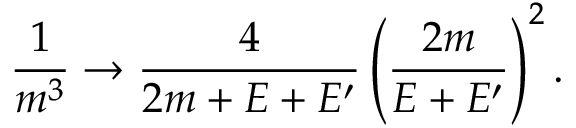
{ \frac { 1 } { m ^ { 3 } } } \rightarrow { \frac { 4 } { 2 m + E + E ^ { \prime } } } \left( { \frac { 2 m } { E + E ^ { \prime } } } \right) ^ { 2 } .